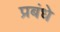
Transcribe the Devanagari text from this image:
प्रबंधे